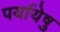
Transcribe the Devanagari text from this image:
पर्यायेषु